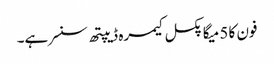
فون کا 5 میگا پکسل کیمرہ ڈیپتھ سنسر ہے۔